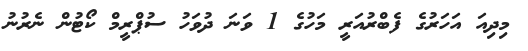
މިދިއަ އަހަރުގެ ފެބްރުއަރީ މަހުގެ 1 ވަނަ ދުވަހު ސުޕްރީމް ކޯޓުން ނެރުނު